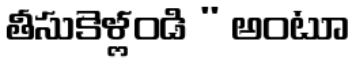
తీసుకెళ్లండి " అంటూ